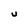
Character: U